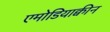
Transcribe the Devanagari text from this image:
एमोडियाक्वीन